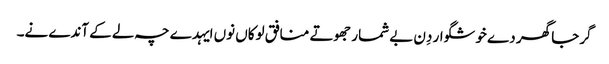
گرجا گھر دے خوشگوار دِن بے شمار جھوتے منافق لوکاں نوں ایہدے چہ لے کے آندے نے۔